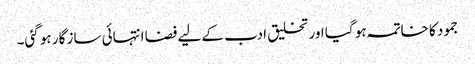
جمود کا خاتمہ ہو گیا اور تخلیق ادب کے لیے فضا انتہائی ساز گار ہو گئی۔